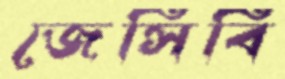
জেসিবি